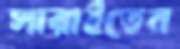
সারাইতেন